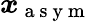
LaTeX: \boldsymbol{x}_{\mathrm{~a~s~y~m~}}